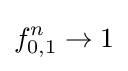
f_{0,1}^{n}\to 1